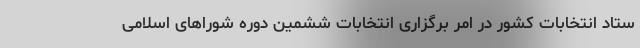
ستاد انتخابات کشور در امر برگزاری انتخابات ششمین دوره شوراهای اسلامی